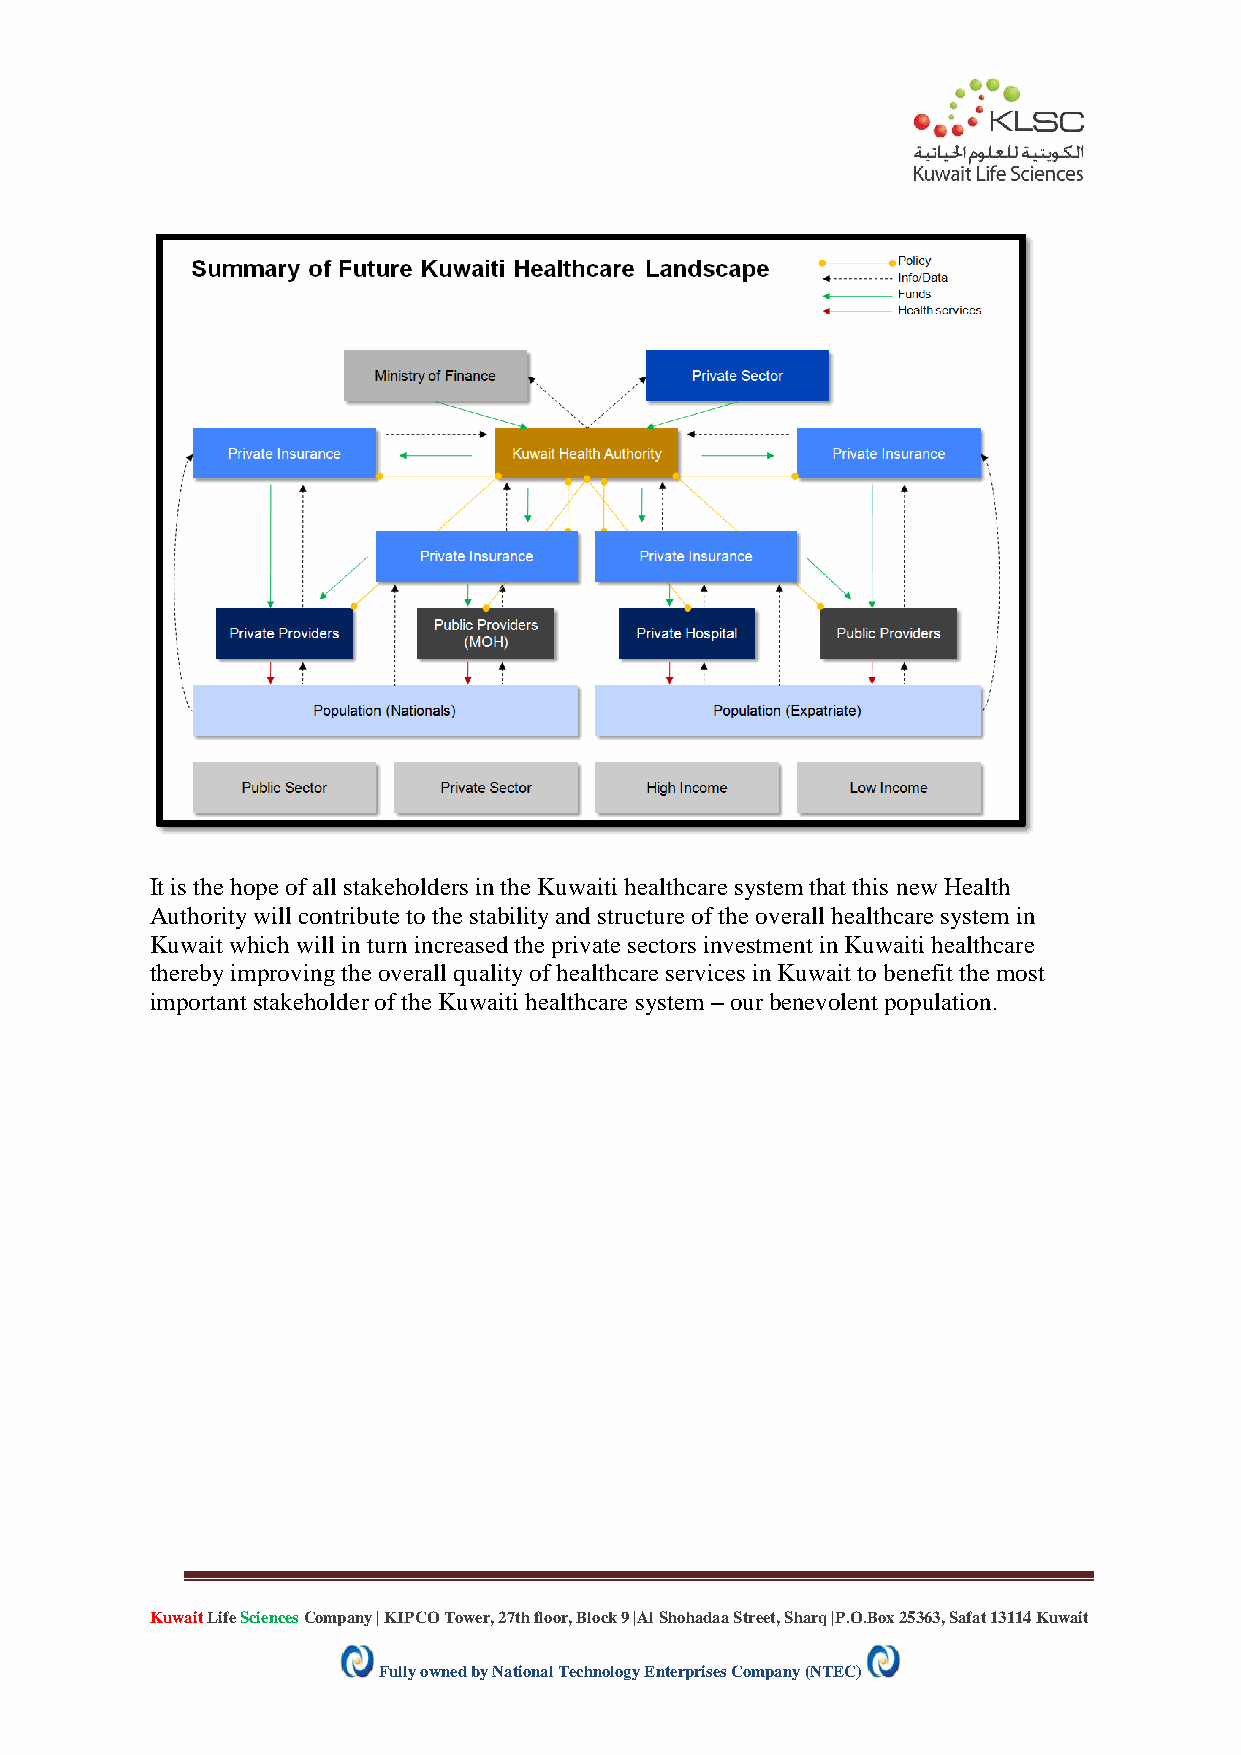
It is the hope of all stakeholders in the Kuwaiti healthcare system that this new Health
 Authority will contribute to the stability and structure of the overall healthcare system in
 Kuwait which will in turn increased the private sectors investment in Kuwaiti healthcare
 thereby improving the overall quality of healthcare services in Kuwait to benefit the most
 important stakeholder of the Kuwaiti healthcare system – our benevolent population.
 Kuwait Life Sciences Company | KIPCO Tower, 27th floor, Block 9 |Al Shohadaa Street, Sharq |P.O.Box 25363, Safat 13114 Kuwait
 Fully owned by National Technology Enterprises Company (NTEC)